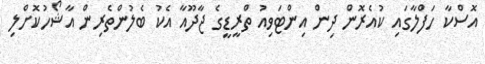
އޮސްކާ ހަފްލާގައި ކުއެރޮން ދިން އިންޓަވިއު ތްރީޑީގެ ޖާދޫއާ އެކު ބެލުންތެރިން އާޝޯހުކޮށްލި